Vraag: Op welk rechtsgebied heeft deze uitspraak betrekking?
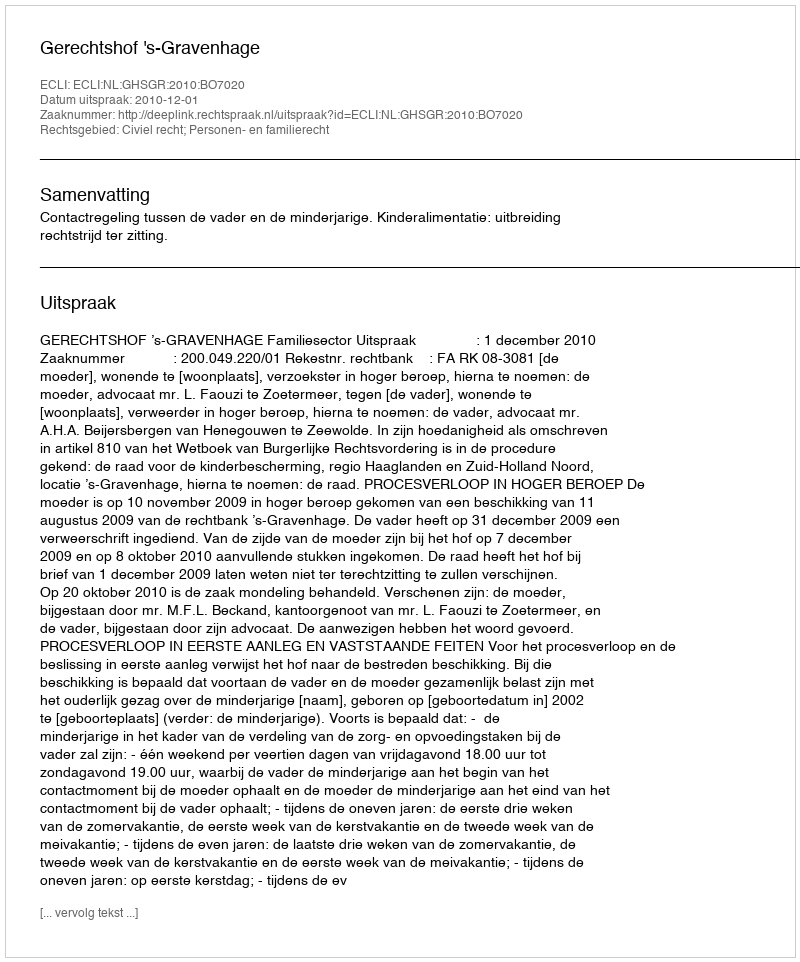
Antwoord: Civiel recht; Personen- en familierecht